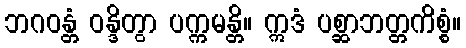
ဘဂဝန္တံ ဝန္ဒိတွာ ပက္ကမန္တိ။ ဣဒံ ပစ္ဆာဘတ္တကိစ္စံ။